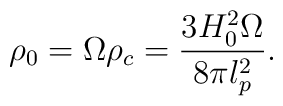
\rho _{0}=\Omega \rho _{c}=\frac{3H_{0}^{2}\Omega }{8\pi l_{p}^{2}}.